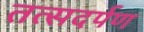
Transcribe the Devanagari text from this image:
तत्सदर्पण